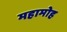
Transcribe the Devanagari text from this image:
महामोह